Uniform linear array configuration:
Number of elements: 8
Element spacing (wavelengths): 0.25
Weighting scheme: cosine
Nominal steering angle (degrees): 45
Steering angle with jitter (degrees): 45.885
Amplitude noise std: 0.05
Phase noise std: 0.05

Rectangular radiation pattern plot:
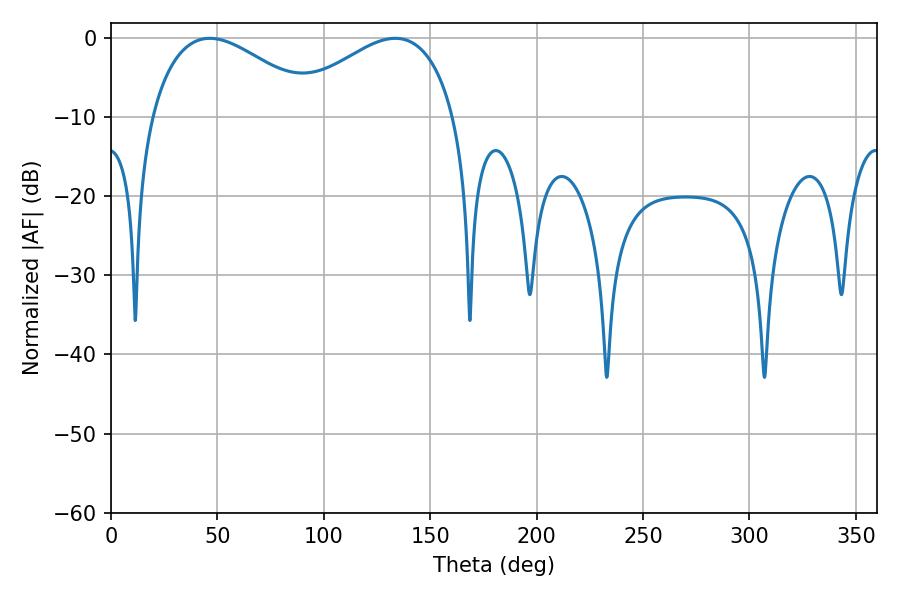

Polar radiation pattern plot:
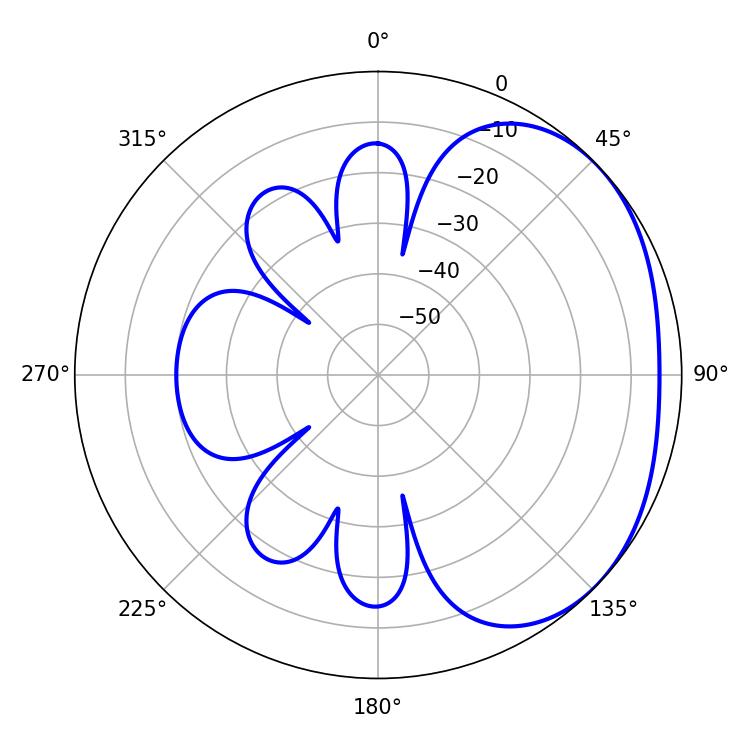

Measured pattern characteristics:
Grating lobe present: FALSE
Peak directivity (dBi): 2.289
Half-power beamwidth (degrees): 43.2
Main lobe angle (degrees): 46.44